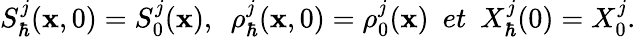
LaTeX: S_{\hbar}^{j}(\textbf{x},0)=S_{0}^{j}(\textbf{x}),~~\rho_{\hbar}^{j}(\textbf{x},0)=\rho_{0}^{j}(\textbf{x})~~et~~X_{\hbar}^{j}(0)=X_{0}^{j}.